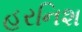
હરનિશ